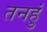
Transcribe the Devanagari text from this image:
तनहुं